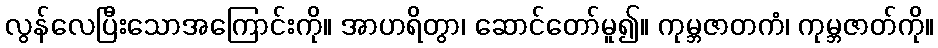
လွန်လေပြီးသောအကြောင်းကို။ အာဟရိတွာ၊ ဆောင်တော်မူ၍။ ကုမ္ဘဇာတကံ၊ ကုမ္ဘဇာတ်ကို။